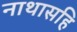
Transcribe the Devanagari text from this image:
नाथासहि